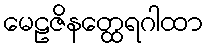
မေဠဇိနတ္ထေရဂါထာ